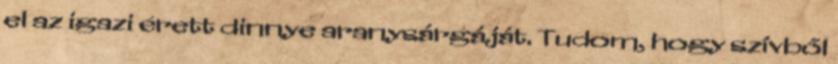
el az igazi érett dinnye aranysárgáját. Tudom, hogy szívből